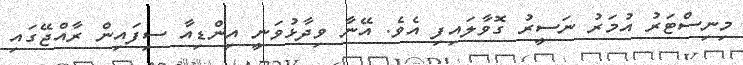
މިނިސްޓަރު އުމަރު ނަސީރު ގޮވާލައިފި އެވެ. އޭނާ ވިދާޅުވަނީ އިންޑިއާ ސިފައިން ރާއްޖޭގައި